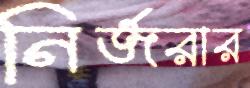
নির্জরার